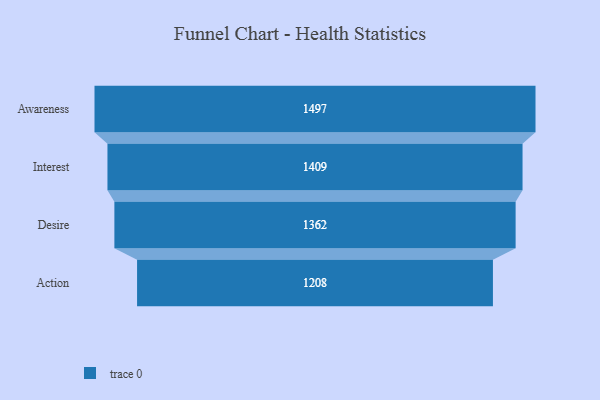
{"axis": {"x": "Stage", "y": "Value"}, "legend": [""], "data": [{"x": "Awareness", "y": 1497.0, "type": ""}, {"x": "Interest", "y": 1409.0, "type": ""}, {"x": "Desire", "y": 1362.0, "type": ""}, {"x": "Action", "y": 1208.0, "type": ""}]}